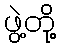
ဖွဲ့တို့